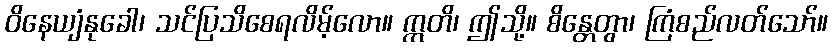
ဝိနေယျံနုခေါ၊ သင်ပြသိစေရလိမ့်လော။ ဣတိ၊ ဤသို့။ စိန္တေတွာ၊ ကြံစည်လတ်သော်။